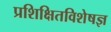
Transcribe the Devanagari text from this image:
प्रशिक्षितविशेषज्ञ